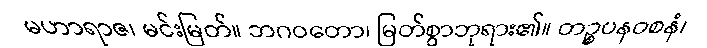
မဟာရာဇ၊ မင်းမြတ်။ ဘဂဝတော၊ မြတ်စွာဘုရား၏။ တဉ္စပနဝစနံ၊